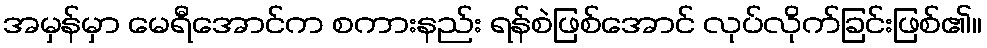
အမှန်မှာ မေရီအောင်က စကားနည်း ရန်စဲဖြစ်အောင် လုပ်လိုက်ခြင်းဖြစ်၏။